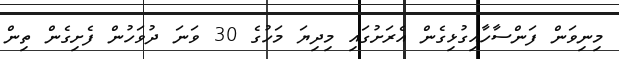
މިނިވަން ފަންސާހާއިގުޅިގެން އެރަށުގައި މިދިޔަ މަހުގެ 30 ވަނަ ދުވަހުން ފެށިގެން ތިން